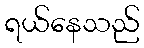
ရယ်နေသည်